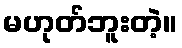
မဟုတ်ဘူးတဲ့။